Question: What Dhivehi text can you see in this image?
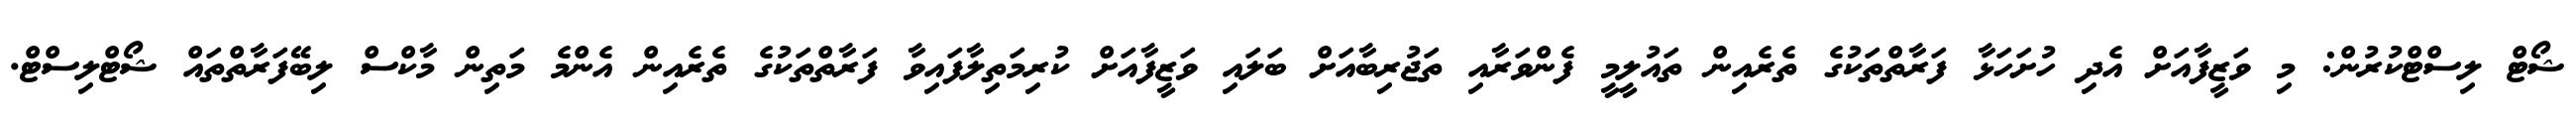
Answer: ޝޯޓް ލިސްޓްކުރުން: މި ވަޒީފާއަށް އެދި ހުށަހަޅާ ފަރާތްތަކުގެ ތެރެއިން ތައުލީމީ ފެންވަރާއި ތަޖުރިބާއަށް ބަލައި ވަޒީފާއަށް ކުރިމަތިލާފައިވާ ފަރާތްތަކުގެ ތެރެއިން އެންމެ މަތިން މާކްސް ލިބޭފަރާތްތައް ޝޯޓްލިސްޓް.